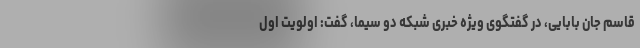
قاسم جان بابایی، در گفتگوی ویژه خبری شبکه دو سیما، گفت: اولویت اول